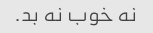
نه خوب نه بد.